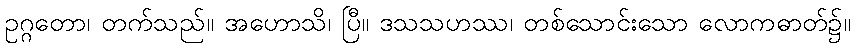
ဥဂ္ဂတော၊ တက်သည်။ အဟောသိ၊ ပြီ။ ဒသသဟဿ၊ တစ်သောင်းသော လောကဓာတ်၌။